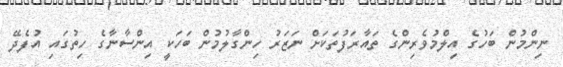
ނިންމުން ބަހުގެ އިލްމުވެރިންގެ ތައާރަފުތަކަށް ނަޒަރު ހިންގާލުމުން ބަހަކީ އިންސާނާގެ ހިތުގައި އުފެދޭ